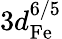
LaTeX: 3d_{\mathrm{Fe}}^{6/5}